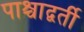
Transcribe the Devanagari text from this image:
पाश्चाद्वर्ती